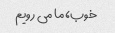
خوب، ما می رویم